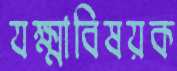
যক্ষ্মাবিষয়ক